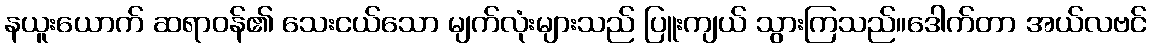
နယူးယောက် ဆရာဝန်၏ သေးငယ်သော မျက်လုံးများသည် ပြူးကျယ် သွားကြသည်။ဒေါက်တာ အယ်လဗင်